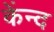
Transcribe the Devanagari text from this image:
केंन्द